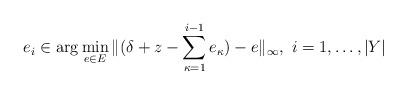
LaTeX: \begin{align*}e_i \in \arg \min_{e \in E} \| ( \delta + z - \sum_{\kappa=1}^{i-1} e_\kappa ) - e \|_\infty ,\ i = 1,\dots,|Y|\end{align*}